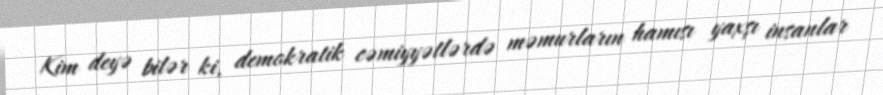
Kim deyə bilər ki, demokratik cəmiyyətlərdə məmurların hamısı yaxşı insanlar